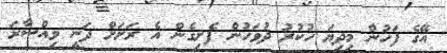
އޭގެ ފަހުން މިދިޔަ ހުކުރު ދުވަހުން ފެށިގެން އެ ރަށަށް ދަނީ ވިއްސާރަ